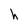
Character: h